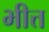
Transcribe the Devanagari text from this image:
भीत्त